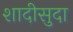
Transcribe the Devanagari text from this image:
शादीसुदा